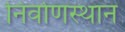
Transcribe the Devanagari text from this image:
निर्वाणस्थान